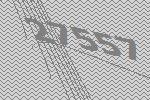
27557